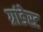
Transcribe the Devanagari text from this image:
ग्रांडेस्ट